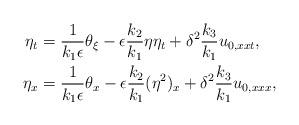
LaTeX: \begin{align*} \eta_{t} & = \frac{1}{k_{1} \epsilon}\theta_\xi - \epsilon\frac{k_{2}}{k_{1}}\eta\eta_{t} + \delta^{2}\frac{k_{3}}{k_{1}}u_{0,xxt}, \\ \eta_{x} & = \frac{1}{k_{1} \epsilon}\theta_{x} - \epsilon\frac{k_{2}}{k_{1}}(\eta^{2})_{x} + \delta^{2}\frac{k_{3}}{k_{1}}u_{0,xxx},\end{align*}